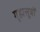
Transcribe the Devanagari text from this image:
गृह्मसूत्रों